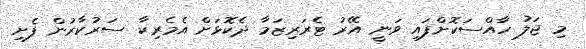
މި ޖަލު ހާއްސަކޮށްފައި ވަނީ އޭރު ޓެރަރިޒަމާ ދެކޮޅަށް އެމެރިކާ ސަރުކާރުން ފެށި